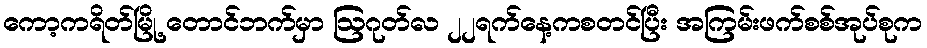
ကော့ကရိတ်မြို့ တောင်ဘက်မှာ ဩဂုတ်လ ၂၂ရက်နေ့ကစတင်ပြီး အကြမ်းဖက်စစ်အုပ်စုက